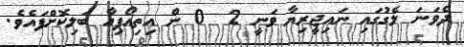
ދެވަނަ ލެގުގައި ނައިޖީރިޔާ ވަނީ 2  0 ން އިތިއޯޕިއާ ބަލިކޮށްފައެވެ.